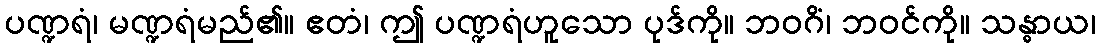
ပဏ္ဍရံ၊ မဏ္ဍရံမည်၏။ ဧတံ၊ ဤ ပဏ္ဍရံဟူသော ပုဒ်ကို။ ဘဝဂိံ၊ ဘဝင်ကို။ သန္ဓာယ၊